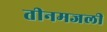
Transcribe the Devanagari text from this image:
तीनमजली